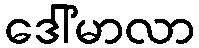
ဒေါ်မာလာ